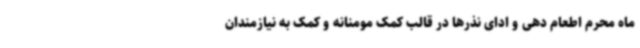
ماه محرم اطعام دهی و ادای نذرها در قالب کمک مومنانه و کمک به نیازمندان